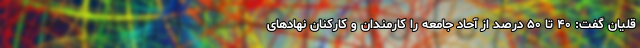
قلیان گفت: ۴۰ تا ۵۰ درصد از آحاد جامعه را کارمندان و کارکنان نهادهای